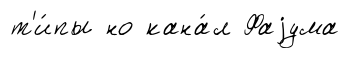
т'и́пы но кана́л Фаjума